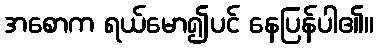
အစောက ရယ်မော၍ပင် နေပြန်ပါ၏။